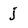
Character: j